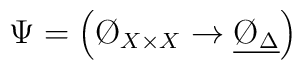
\Psi = \left( \O_{X\times X}\to\underline{\O_\Delta} \right)